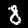
Digit: 8